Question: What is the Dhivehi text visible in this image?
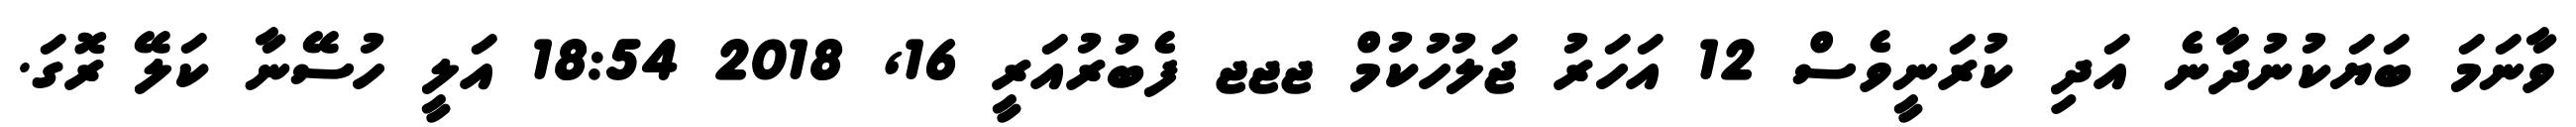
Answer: ވާނަމަ ބަޔަކުނުދަާނެ އަދި ކުރަނީވެސް 12 އަހަރު ޖަލުހުކުމް ޖޖޖ ފެބުރުއަރީ 16, 2018 18:54 އަލީ ހުސޭނާ ކަލޭ ރޮގަ.